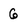
Character: G